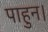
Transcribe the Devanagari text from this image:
पाहुन।